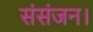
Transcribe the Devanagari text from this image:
संसंजन।